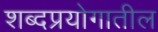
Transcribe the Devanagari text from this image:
शब्दप्रयोगातील